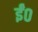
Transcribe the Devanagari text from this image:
ईं०